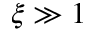
\xi \gg 1